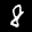
Label: 8